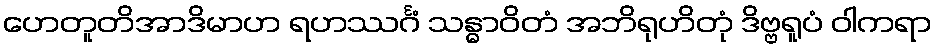
ဟေတူတိအာဒိမာဟ ရဟဿင်္ဂံ သန္ဓာဝိတံ အဘိရုဟိတုံ ဒိဗ္ဗရူပံ ဝါကရာ